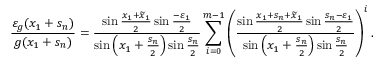
\frac { \varepsilon _ { g } ( x _ { 1 } + s _ { n } ) } { g ( x _ { 1 } + s _ { n } ) } = \frac { \sin { \frac { x _ { 1 } + \widetilde { x } _ { 1 } } { 2 } } \sin { \frac { - \varepsilon _ { 1 } } { 2 } } } { \sin { \left( x _ { 1 } + \frac { s _ { n } } { 2 } \right) } \sin { \frac { s _ { n } } { 2 } } } \sum _ { i = 0 } ^ { m - 1 } \left( \frac { \sin { \frac { x _ { 1 } + s _ { n } + \widetilde { x } _ { 1 } } { 2 } } \sin { \frac { s _ { n } - \varepsilon _ { 1 } } { 2 } } } { \sin { \left( x _ { 1 } + \frac { s _ { n } } { 2 } \right) } \sin { \frac { s _ { n } } { 2 } } } \right) ^ { i } .